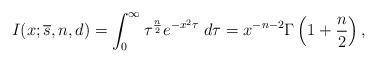
LaTeX: \begin{align*}I(x;{\overline s},n,d)=\int_{0}^{\infty}\tau^{{n\over 2}}e^{-x^{2}\tau}\; d\tau = x^{-n-2}\Gamma \left(1+{n\over 2}\right),\end{align*}